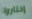
إختاروا